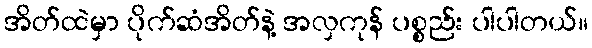
အိတ်ထဲမှာ ပိုက်ဆံအိတ်နဲ့ အလှကုန် ပစ္စည်း ပါပါတယ်။